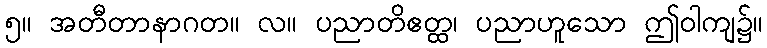
၅။ အတီတာနာဂတ။ လ။ ပညာတိဧတ္ထ၊ ပညာဟူသော ဤဝါကျ၌။